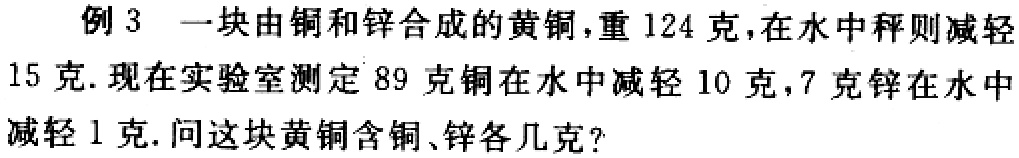
例 3 一块由铜和锌合成的黄铜，重 124 克，在水中秤则减轻
15 克. 现在实验室测定 89 克铜在水中减轻 10 克，7 克锌在水中
减轻 1 克. 问这块黄铜含铜、锌各几克?